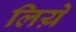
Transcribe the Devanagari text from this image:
लिय़े